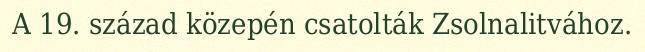
A 19. század közepén csatolták Zsolnalitvához.